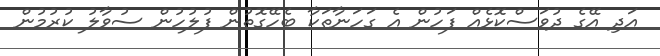
އަދި އޭގެ ދުވަސްކޮޅެއް ފަހުން އެ ގަހަނާތަކާ ބެހޭގޮތުން ފުލުހުން ސުވާލު ކުރުމުން